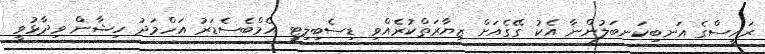
ރައީސްގެ އަނބިކަނބަލުންނާ އެކު ގޭގެއަށް ޒިޔާރަތްކުރެއްވި ޑިސެބިލިޓީ އެމްބެސެޑަރު އަހްމަދު ހިޝާން ވިދާޅުވީ